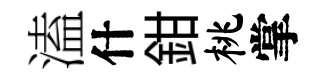
溘什鉗桃掌